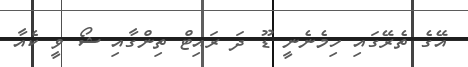
އޭގެ ތެރޭގައި ހިމެނެނީ ޑޫ ދަ ރައިޓް ތިންގާއި ޝޯ ވީ ކެއާ